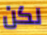
لكن